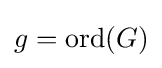
g={\text{ord}}(G)